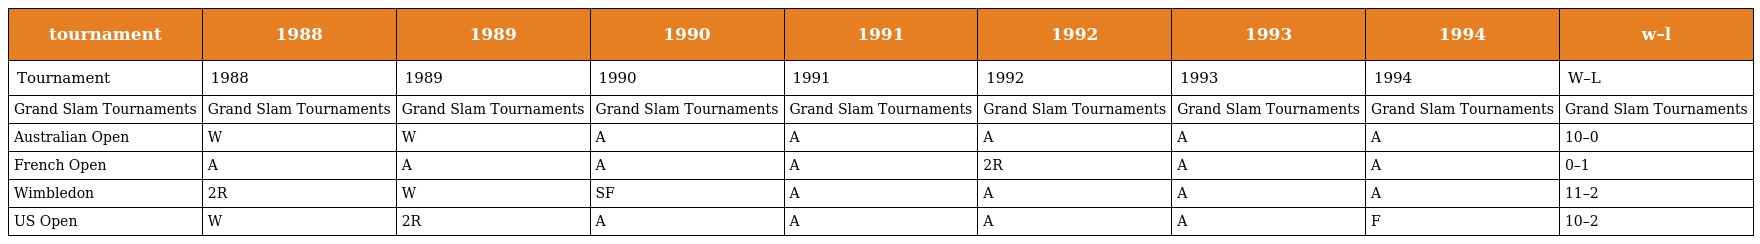
| tournament | 1988 | 1989 | 1990 | 1991 | 1992 | 1993 | 1994 | w–l |
 | --- | --- | --- | --- | --- | --- | --- | --- | --- |
 | Tournament | 1988 | 1989 | 1990 | 1991 | 1992 | 1993 | 1994 | W–L |
 | Grand Slam Tournaments | Grand Slam Tournaments | Grand Slam Tournaments | Grand Slam Tournaments | Grand Slam Tournaments | Grand Slam Tournaments | Grand Slam Tournaments | Grand Slam Tournaments | Grand Slam Tournaments |
 | Australian Open | W | W | A | A | A | A | A | 10–0 |
 | French Open | A | A | A | A | 2R | A | A | 0–1 |
 | Wimbledon | 2R | W | SF | A | A | A | A | 11–2 |
 | US Open | W | 2R | A | A | A | A | F | 10–2 |